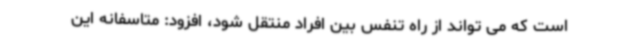
است که می تواند از راه تنفس بین افراد منتقل شود، افزود: متاسفانه این